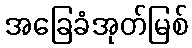
အခြေခံအုတ်မြစ်